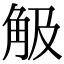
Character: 觙